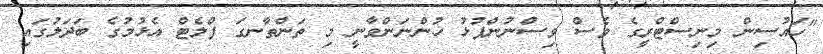
"ހައުސިން މިނިސްޓްރީގެ ވެސް ވިސްނުންފުޅު ހުންނަންވާނީ މި ތަންތާނގަ ފްލެޓް އެޅުމުގެ ބަދަލުގައި